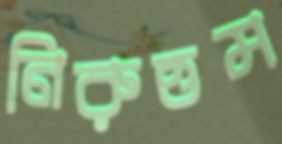
নিরুত্তম